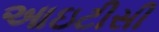
આઇટીસી